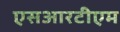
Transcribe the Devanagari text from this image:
एसआरटीएम